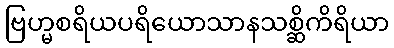
ဗြဟ္မစရိယပရိယောသာနသစ္ဆိကိရိယာ